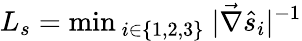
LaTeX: L_{s}=\mathrm{min}_{~i\in\{ 1,2,3\} }~|\vec{\nabla}\hat{s}_{i}|^{-1}